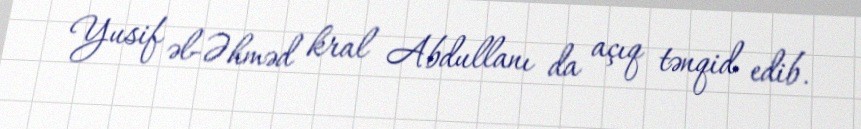
Yusif əl-Əhməd kral Abdullanı da açıq tənqid edib.